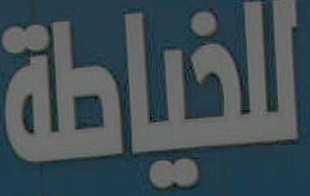
للخياطة